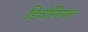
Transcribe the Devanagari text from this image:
डिवोनियल